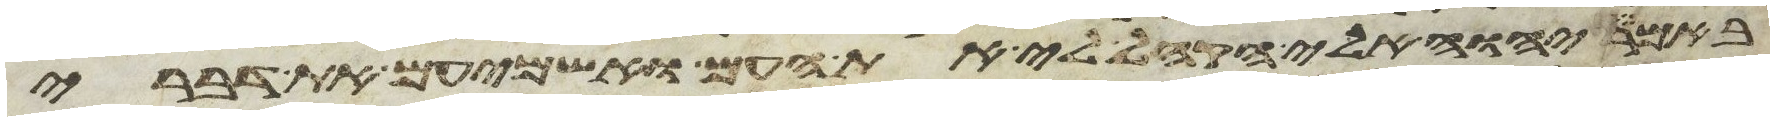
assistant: באמר יהוה אלי הקהל לי את העם ואשמיעם את דברי